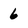
Character: 6